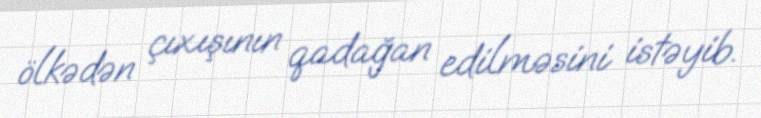
ölkədən çıxışının qadağan edilməsini istəyib.